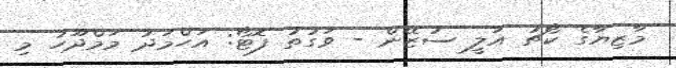
މާޒިޔާގެ ކޯޗު އަލީ ސުޒޭން - ވަގުތު ފޮޓޯ: އަހްމަދު މަމްދޫހު މި